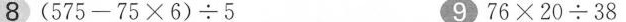
8 $$( 5 7 5 - 7 5 \times 6 ) \div 5$$ 9 $$7 6 \times 2 0 \div 3 8$$